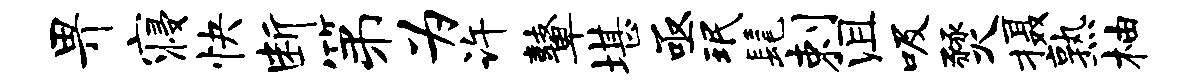
畀寝快断第为许鼙堪亟珉髦剌沮吸燹摄熟柚